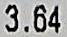
3.64